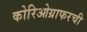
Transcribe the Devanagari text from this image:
कोरिओग्राफरची